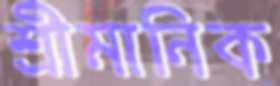
শ্রীমানিক